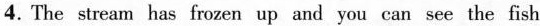
4. The stream has frozen up and you can see the fish